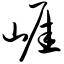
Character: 崖